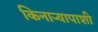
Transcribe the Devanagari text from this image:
किनाऱ्यापाशी